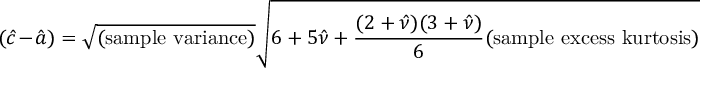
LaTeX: ( { \hat { c } } - { \hat { a } } ) = { \sqrt { \mathrm { ( s a m p l e ~ v a r i a n c e ) } } } { \sqrt { 6 + 5 { \hat { \nu } } + { \frac { ( 2 + { \hat { \nu } } ) ( 3 + { \hat { \nu } } ) } { 6 } } { \mathrm { ( s a m p l e ~ e x c e s s ~ k u r t o s i s ) } } } }